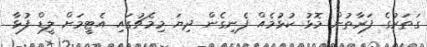
ގަތަރުގެ ފަރާތުން މޮޅު ކުޅުމެއް ފެނިގެން ދިޔަ މިމެޗުގައި އެޓީމަށް ލީޑް ފުޅާ